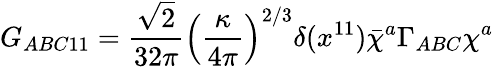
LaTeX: G_{ABC11}=\frac{\sqrt{2}}{32\pi}\left(\frac{\kappa}{4\pi}\right)^{2/3}\delta(x^{11})\bar{\chi}^{a}\Gamma_{ABC}\chi^{a}